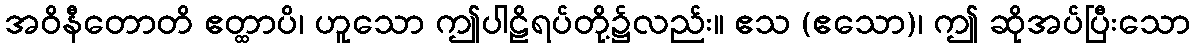
အဝိနီတောတိ ဧတ္ထာပိ၊ ဟူသော ဤပါဠိရပ်တို့၌လည်း။ ဧသ (ဧသော)၊ ဤ ဆိုအပ်ပြီးသော